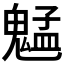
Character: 𫙍